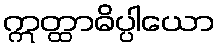
ဣတ္ထာဓိပ္ပါယော